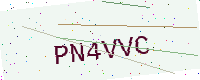
Text: PN4VVC